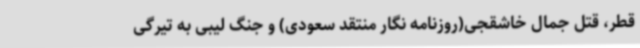
قطر، قتل جمال خاشقجی(روزنامه نگار منتقد سعودی) و جنگ لیبی به تیرگی